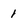
Character: 1